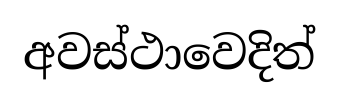
අවස්ථාවෙදිත්